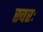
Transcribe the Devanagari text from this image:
स्वरः